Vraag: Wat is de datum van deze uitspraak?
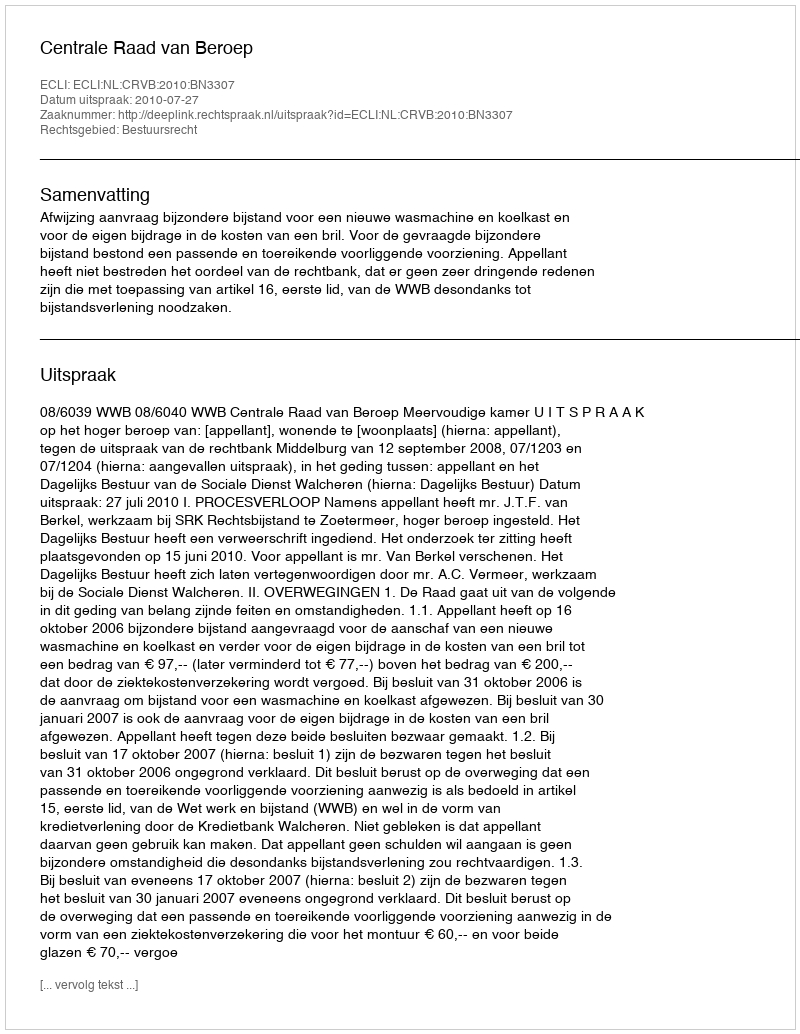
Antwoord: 2010-07-27